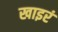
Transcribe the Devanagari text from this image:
खाइरं